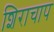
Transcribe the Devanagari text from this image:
शिराचाप